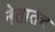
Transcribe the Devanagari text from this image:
नेतातच